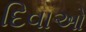
દિવાઓ